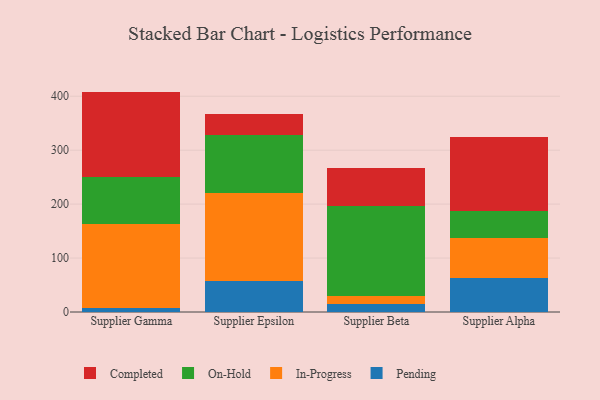
{"axis": {"x": "Supplier", "y": "Page Views"}, "legend": ["Completed", "In-Progress", "On-Hold", "Pending"], "data": [{"x": "Supplier Gamma", "y": 7.6, "type": "Pending"}, {"x": "Supplier Gamma", "y": 155.9, "type": "In-Progress"}, {"x": "Supplier Gamma", "y": 86.7, "type": "On-Hold"}, {"x": "Supplier Gamma", "y": 158.4, "type": "Completed"}, {"x": "Supplier Epsilon", "y": 58.4, "type": "Pending"}, {"x": "Supplier Epsilon", "y": 161.3, "type": "In-Progress"}, {"x": "Supplier Epsilon", "y": 108.6, "type": "On-Hold"}, {"x": "Supplier Epsilon", "y": 39.3, "type": "Completed"}, {"x": "Supplier Beta", "y": 14.5, "type": "Pending"}, {"x": "Supplier Beta", "y": 16.0, "type": "In-Progress"}, {"x": "Supplier Beta", "y": 166.3, "type": "On-Hold"}, {"x": "Supplier Beta", "y": 70.4, "type": "Completed"}, {"x": "Supplier Alpha", "y": 62.6, "type": "Pending"}, {"x": "Supplier Alpha", "y": 74.3, "type": "In-Progress"}, {"x": "Supplier Alpha", "y": 50.4, "type": "On-Hold"}, {"x": "Supplier Alpha", "y": 137.9, "type": "Completed"}]}